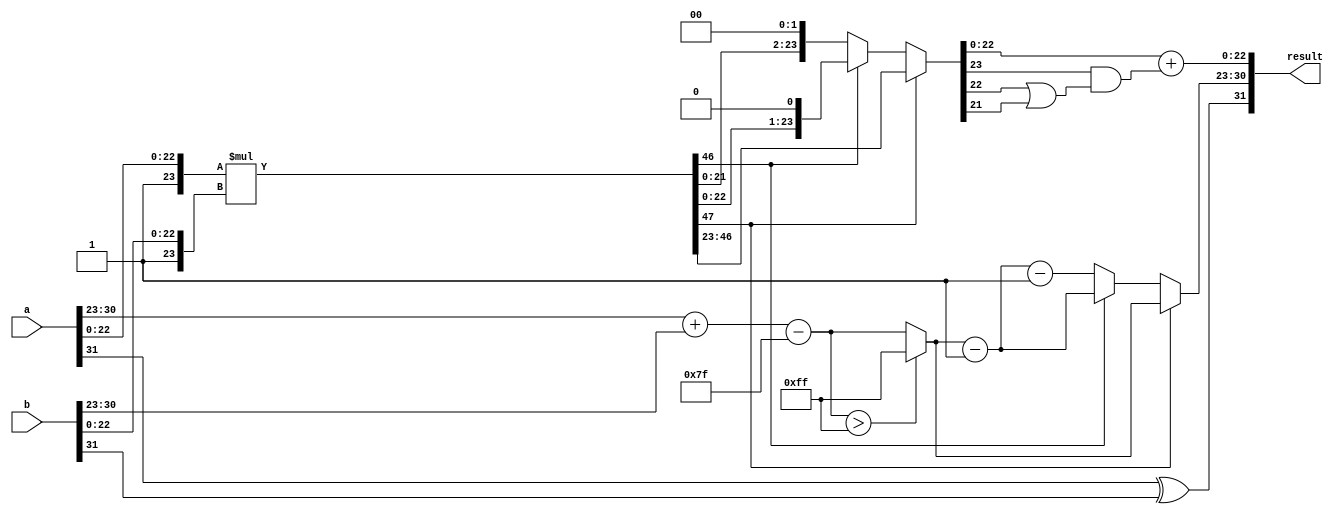
module floating_point_multiplier (
    input [31:0] a, // First floating-point number
    input [31:0] b, // Second floating-point number
    output reg [31:0] result // Resulting floating-point number
);

    // Constants
    localparam BIAS = 127;
    localparam SIGNIFICAND_BITS = 23;
    localparam EXPONENT_BITS = 8;
    
    // Extract sign, exponent, and significand
    wire sign_a = a[31];
    wire sign_b = b[31];
    wire [EXPONENT_BITS-1:0] exp_a = a[30:23];
    wire [EXPONENT_BITS-1:0] exp_b = b[30:23];
    wire [SIGNIFICAND_BITS:0] sig_a = {1'b1, a[22:0]}; // Implicit leading 1
    wire [SIGNIFICAND_BITS:0] sig_b = {1'b1, b[22:0]}; // Implicit leading 1

    // Sign of the result
    wire sign_result = sign_a ^ sign_b;

    // Exponent calculation
    wire [EXPONENT_BITS-1:0] exp_result_raw = exp_a + exp_b - BIAS;
    wire [EXPONENT_BITS-1:0] exp_result = (exp_result_raw > 255) ? 8'b11111111 : exp_result_raw; // Handle overflow to infinity

    // Significand multiplication
    wire [47:0] sig_result_raw = sig_a * sig_b; // 24 bits * 24 bits = 48 bits

    // Normalization
    reg [47:0] sig_result;
    reg [EXPONENT_BITS-1:0] exp_adjusted;
    
    always @(*) begin
        if (sig_result_raw[47]) begin
            // No normalization needed
            sig_result = sig_result_raw[46:23]; // Take the top 24 bits
            exp_adjusted = exp_result;
        end else begin
            // Normalize the result
            sig_result = sig_result_raw << 1; // Shift left
            exp_adjusted = exp_result - 1; // Adjust exponent
            // Check if we need to shift again
            if (!sig_result[47]) begin
                sig_result = sig_result << 1; // Shift left again
                exp_adjusted = exp_adjusted - 1; // Adjust exponent again
            end
        end
    end

    // Rounding (simple round to nearest even)
    wire [22:0] rounded_sig = sig_result[22:0] + (sig_result[23] & (sig_result[22] | sig_result[21])); // Round if necessary

    // Assemble the final result
    always @(*) begin
        result = {sign_result, exp_adjusted, rounded_sig};
    end

endmodule